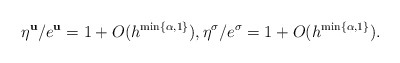
\begin{align*} { \eta^{\mathbf u}}/{ e^{\mathbf u}}=1+O(h^{\min\{\alpha,1\}}), {\eta^{\mathbf \sigma}}/{ e^{\mathbf \sigma}}=1+O(h^{\min\{\alpha,1\}}).\end{align*}